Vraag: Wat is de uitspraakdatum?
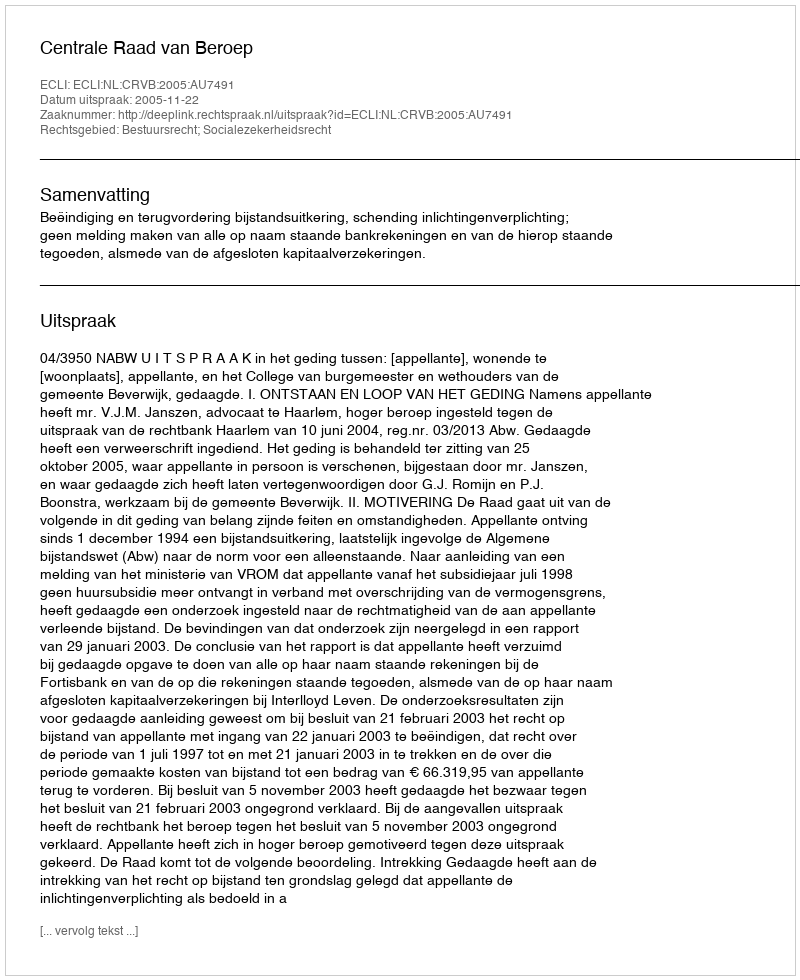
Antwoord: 2005-11-22